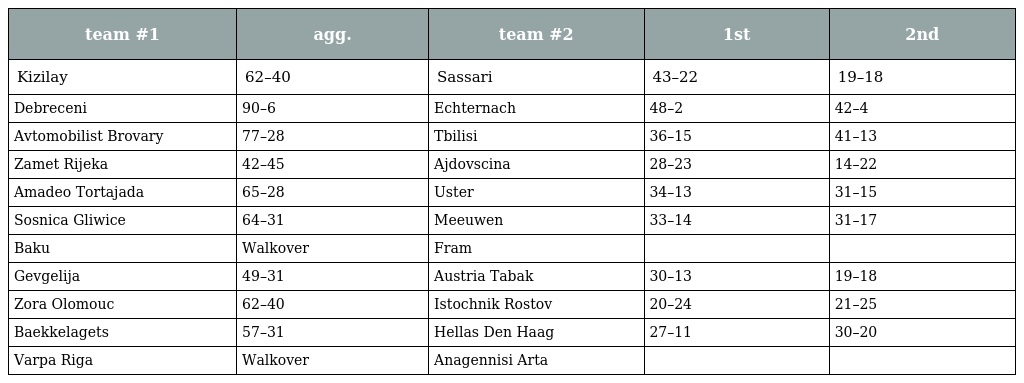
| team #1 | agg. | team #2 | 1st | 2nd |
 | --- | --- | --- | --- | --- |
 | Kizilay | 62–40 | Sassari | 43–22 | 19–18 |
 | Debreceni | 90–6 | Echternach | 48–2 | 42–4 |
 | Avtomobilist Brovary | 77–28 | Tbilisi | 36–15 | 41–13 |
 | Zamet Rijeka | 42–45 | Ajdovscina | 28–23 | 14–22 |
 | Amadeo Tortajada | 65–28 | Uster | 34–13 | 31–15 |
 | Sosnica Gliwice | 64–31 | Meeuwen | 33–14 | 31–17 |
 | Baku | Walkover | Fram |  |  |
 | Gevgelija | 49–31 | Austria Tabak | 30–13 | 19–18 |
 | Zora Olomouc | 62–40 | Istochnik Rostov | 20–24 | 21–25 |
 | Baekkelagets | 57–31 | Hellas Den Haag | 27–11 | 30–20 |
 | Varpa Riga | Walkover | Anagennisi Arta |  |  |